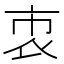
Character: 𧙙